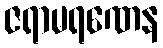
ဇရာမရဏေန